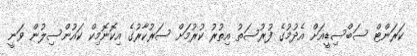
ކަރަންޓް ސަބްސިޑީއަށް އެދުމުގެ ފުރުސަތު އިތުރު ކުރުމަށް ސަރުކާރުގެ އިކޮނޮމިކް ކައުންސިލުން ވަނީ